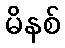
မိနစ်